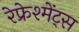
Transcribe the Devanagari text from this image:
रेफ्रेश्मेंट्स